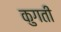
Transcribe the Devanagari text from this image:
कुगती